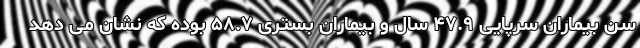
سن بیماران سرپایی ۴۷.۹ سال و بیماران بستری ۵۸.۷ بوده که نشان می دهد